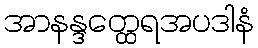
အာနန္ဒတ္ထေရအပဒါနံ